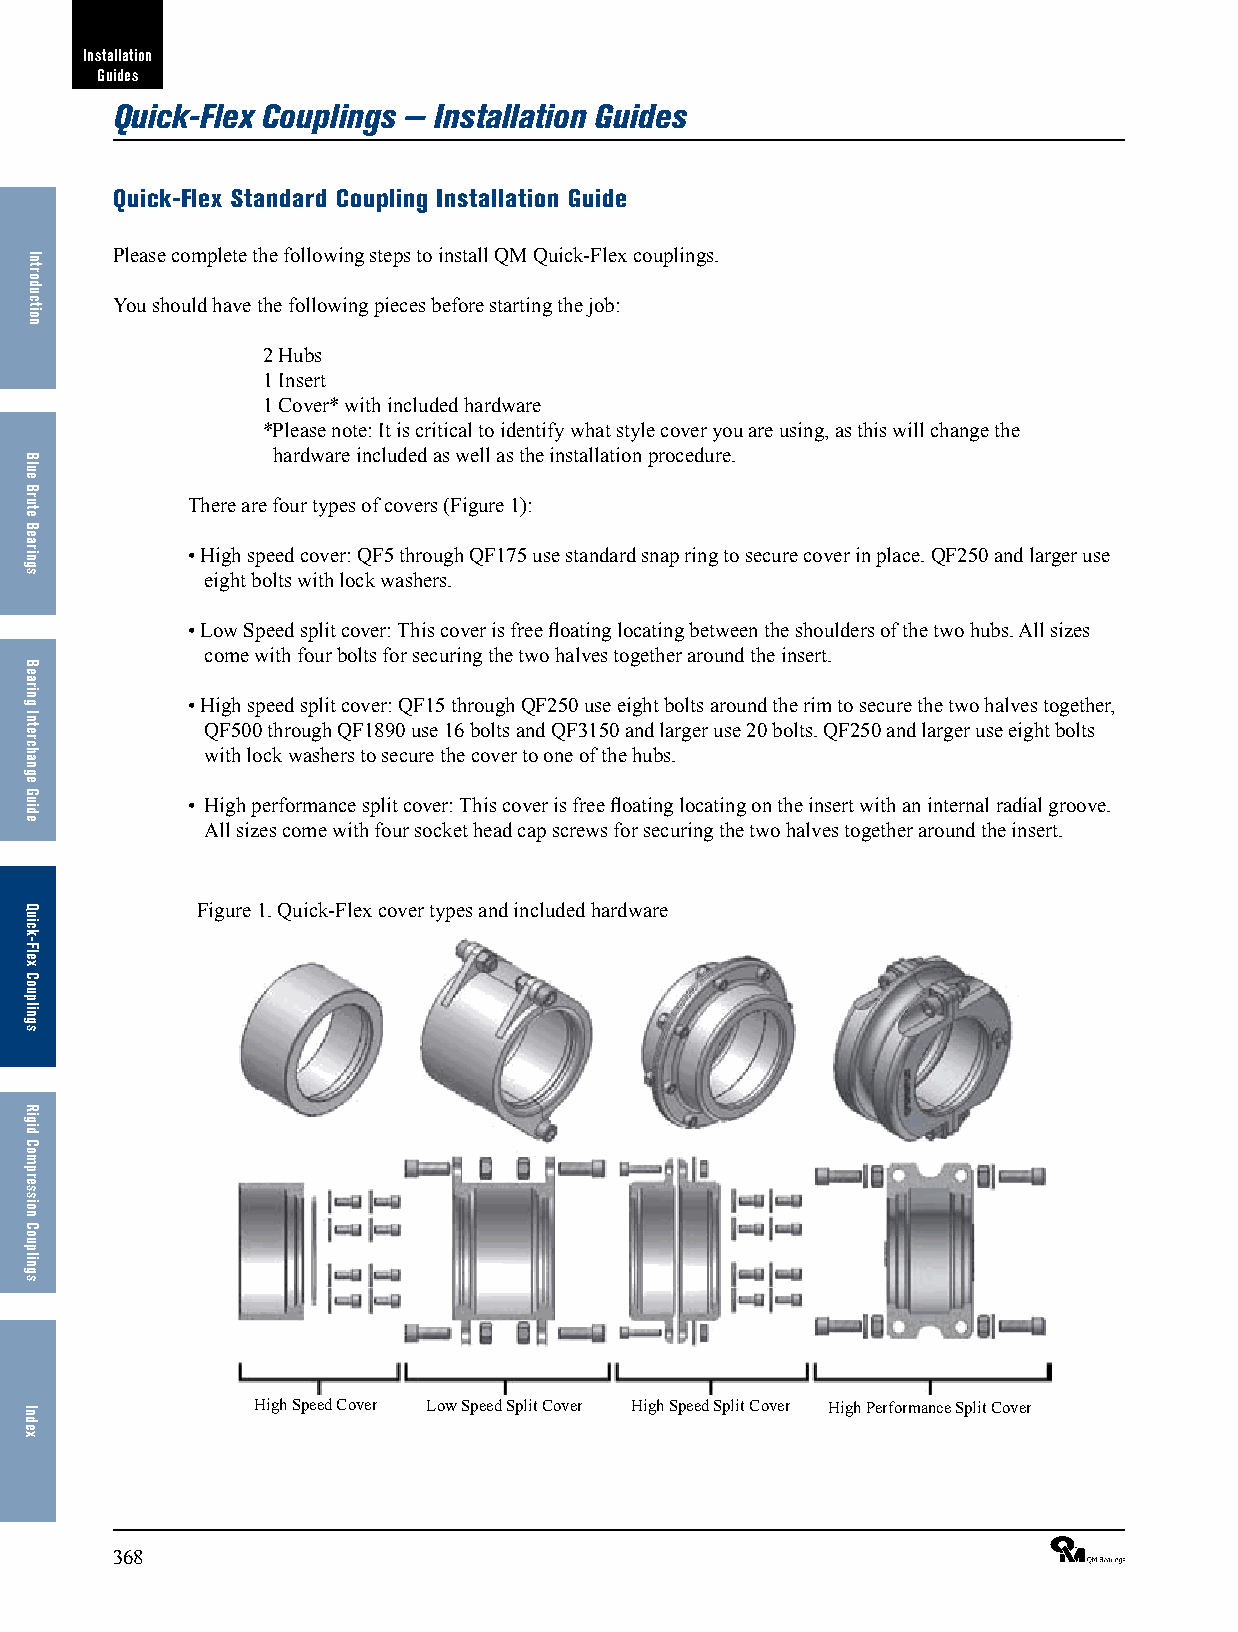
Installation
 Guides
 Quick-Flex Couplings — Installation Guides
 Quick-Flex Standard Coupling Installation Guide
 Please complete the following steps to install QM Quick-Flex couplings.
 You should have the following pieces before starting the job:
 2 Hubs
 1 Insert
 1 Cover* with included hardware
 *Please note: It is critical to identify what style cover you are using, as this will change the
 hardware included as well as the installation procedure.
 There are four types of covers (Figure 1):
 • High speed cover: QF5 through QF175 use standard snap ring to secure cover in place. QF250 and larger use
 eight bolts with lock washers.
 • Low Speed split cover: This cover is free floating locating between the shoulders of the two hubs. All sizes
 come with four bolts for securing the two halves together around the insert.
 • High speed split cover: QF15 through QF250 use eight bolts around the rim to secure the two halves together,
 QF500 through QF1890 use 16 bolts and QF3150 and larger use 20 bolts. QF250 and larger use eight bolts
 with lock washers to secure the cover to one of the hubs.
 • High performance split cover: This cover is free floating locating on the insert with an internal radial groove.
 All sizes come with four socket head cap screws for securing the two halves together around the insert.
 Figure 1. Quick-Flex cover types and included hardware
 High Speed Cover Low Speed Split Cover High Speed Split Cover High Performance Split Cover
 368                                                             ®
 Introduction
 Blue
 Brute
 Bearings
 Bearing
 Interchange
 Guide
 Quick-Flex
 Couplings
 Rigid
 Compression
 Couplings
 Index